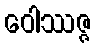
ဝေါဿဇ္ဇ